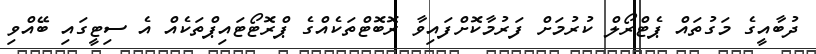
ދުބާއީގެ މަގުތައް ޕެޓްރޯލް ކުރުމަށް ފަރުމާކޮށްފައިވާ ރޮބޮޓްތަކެއްގެ ޕްރޮޓޯޓައިޕްތަކެއް އެ ސިޓީގައި ބޭއްވި